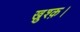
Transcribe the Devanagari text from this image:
ख़ुश्क़।